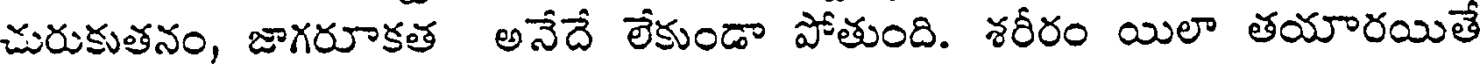
చురుకుతనం, జాగరూకత అనేదే లేకుండా పోతుంది. శరీరం యిలా తయారయితే